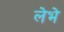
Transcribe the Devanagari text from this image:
लेभे